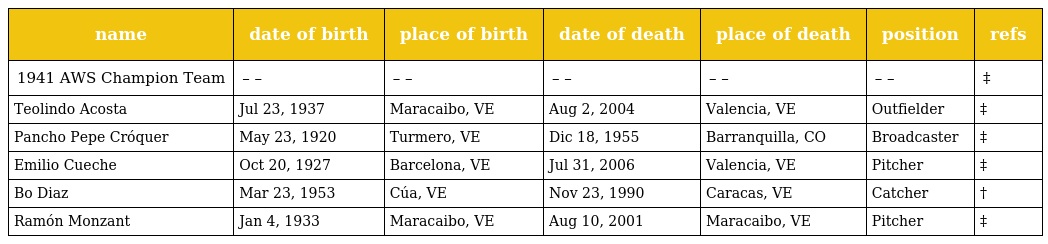
| name | date of birth | place of birth | date of death | place of death | position | refs |
 | --- | --- | --- | --- | --- | --- | --- |
 | 1941 AWS Champion Team | – – | – – | – – | – – | – – | ‡ |
 | Teolindo Acosta | Jul 23, 1937 | Maracaibo, VE | Aug 2, 2004 | Valencia, VE | Outfielder | ‡ |
 | Pancho Pepe Cróquer | May 23, 1920 | Turmero, VE | Dic 18, 1955 | Barranquilla, CO | Broadcaster | ‡ |
 | Emilio Cueche | Oct 20, 1927 | Barcelona, VE | Jul 31, 2006 | Valencia, VE | Pitcher | ‡ |
 | Bo Diaz | Mar 23, 1953 | Cúa, VE | Nov 23, 1990 | Caracas, VE | Catcher | † |
 | Ramón Monzant | Jan 4, 1933 | Maracaibo, VE | Aug 10, 2001 | Maracaibo, VE | Pitcher | ‡ |